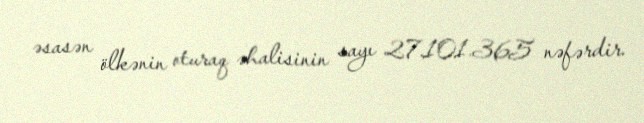
əsasən ölkənin oturaq əhalisinin sayı 27.101.365 nəfərdir.